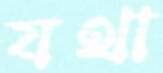
যথা